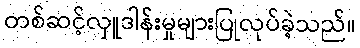
တစ်ဆင့်လှူဒါန်းမှုများပြုလုပ်ခဲ့သည်။